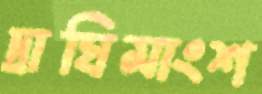
দ্রাঘিমাংশ